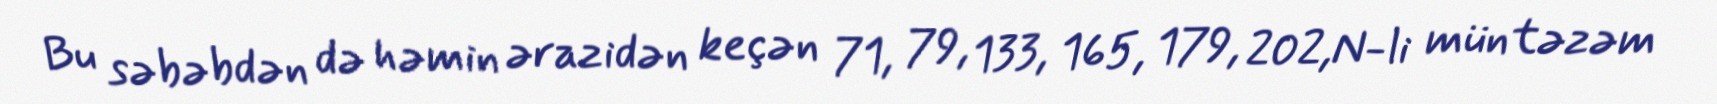
Bu səbəbdən də həmin ərazidən keçən 71, 79, 133, 165, 179, 202,N-li müntəzəm